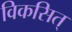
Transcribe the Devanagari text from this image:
विकसित्